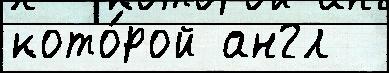
кото́рой англ